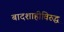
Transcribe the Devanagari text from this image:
बादशाहीविरुद्ध